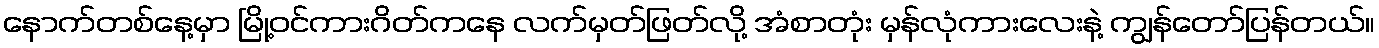
နောက်တစ်နေ့မှာ မြို့ဝင်ကားဂိတ်ကနေ လက်မှတ်ဖြတ်လို့ အံစာတုံး မှန်လုံကားလေးနဲ့ ကျွန်တော်ပြန်တယ်။